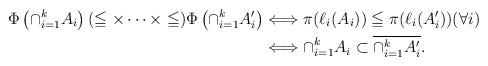
LaTeX: \begin{align*}\Phi\left(\cap_{i=1}^k A_i \right) (\leqq \times \cdots \times \leqq) \Phi\left(\cap_{i=1}^k A'_i \right) & \Longleftrightarrow \pi(\ell_i(A_i)) \leqq \pi(\ell_i(A'_i)) (\forall i)\\& \Longleftrightarrow \cap_{i=1}^k A_i \subset \overline{\cap_{i=1}^k A'_i}. \end{align*}